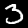
Label: 3